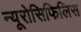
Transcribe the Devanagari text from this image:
न्यूरोसिफिलिस